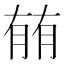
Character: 𰗈